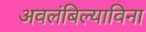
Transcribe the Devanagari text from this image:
अवलंबिल्याविना